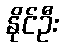
နိုင်ဦး